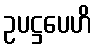
ဥပဋ္ဌပေဟိ